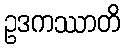
ဥဒကဿာတိ